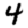
Digit: 4